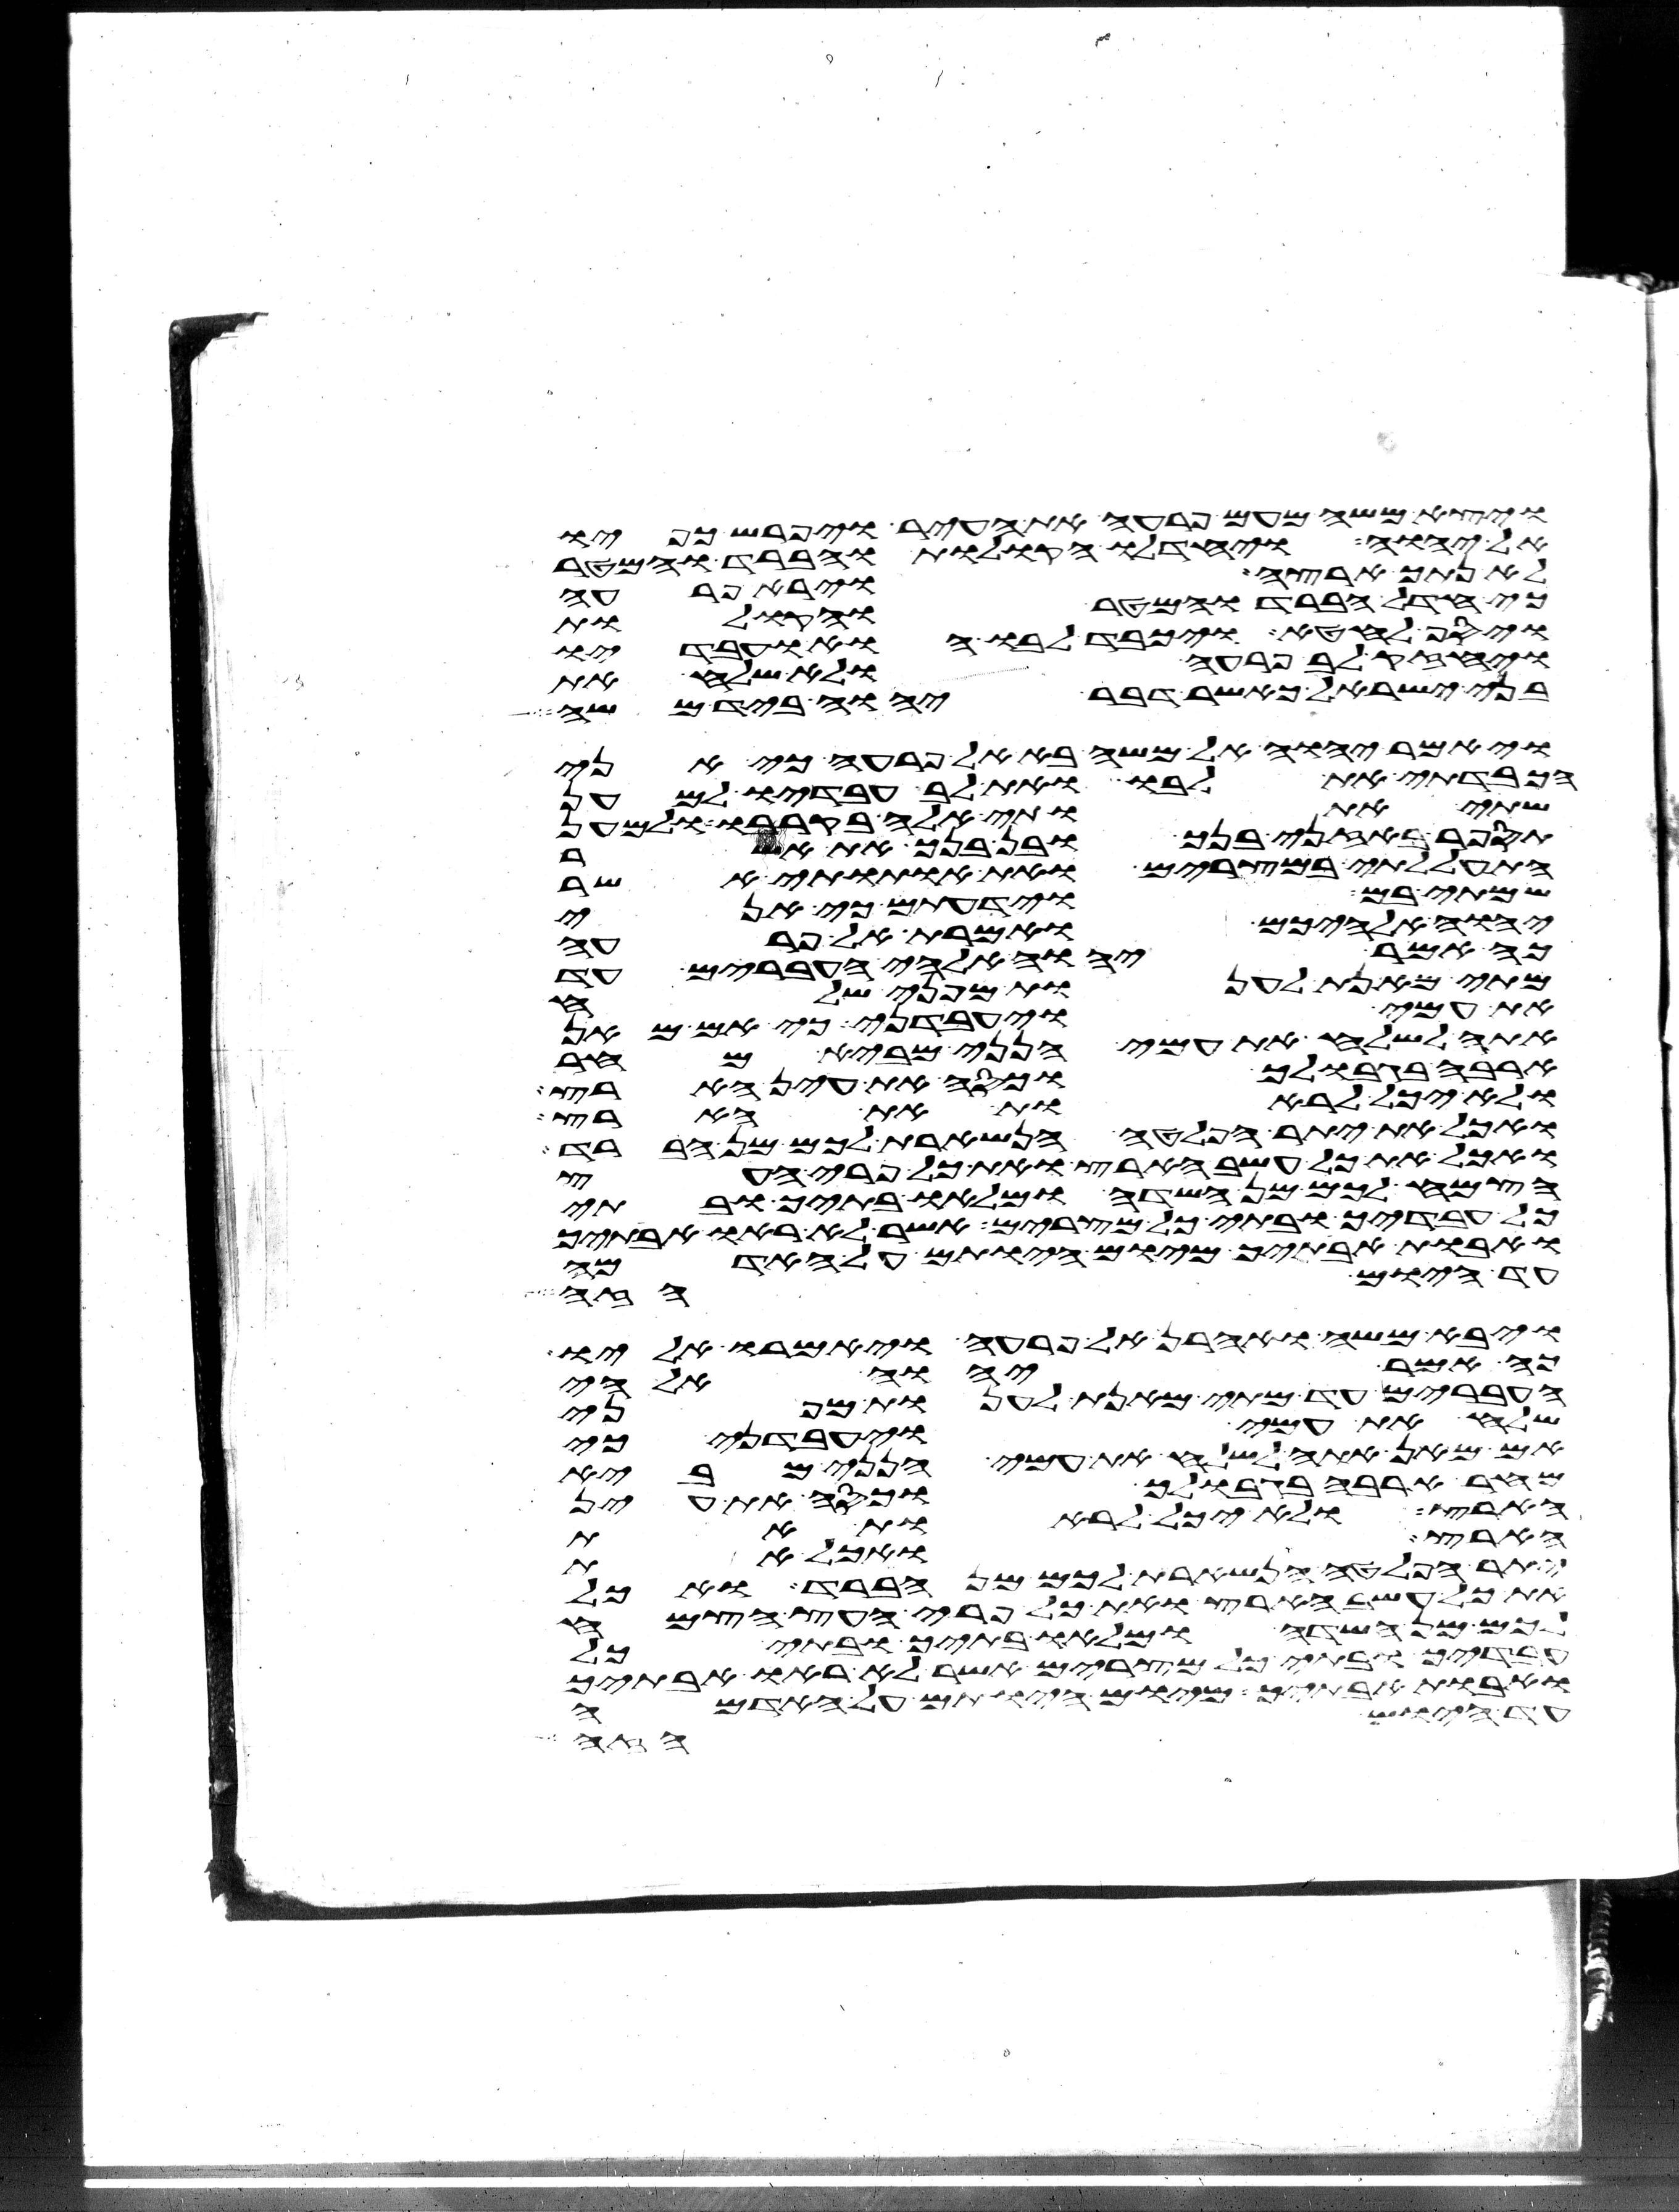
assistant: ויצא משה מעם פרעה את העיר ויפרש כפיו
אל יהוה ויחדלו הקולות והברד והמטר
לא נתך ארצה וירא פרעה
כי חדל הברד והמטר והקולות
ויסף לחטא ויכבד לבו הוא ועבדיו
ויחזק לב פרעה ולא שלח את
בני ישראל כאשר דבר יהוה ביד משה
ויאמר יהוה אל משה בא אל פרעה כי אני
הכבדתי את לבו ואת לב עבדיו למען
שתי אתותי אלה בקרבו ולמען
תספר באזני בנך ובן בנך את אשר
התעללתי במצרים ואת אתותי אשר
שמתי בם וידעתם כי אני
יהוה אלהיכם ואמרת אל פרעה
כה אמר יהוה אלהי העברים עד
מתי מאנת לענות מפני שלח
את עמי ויעבדני כי אם מאן
אתה לשלח את עמי הנני מביא מחר
ארבה בגבולך וכסה את עין הארץ
ולא יכל לראות את הארץ
ואכל את יתר הפלטה הנשארת לכם מן הברד
ואכל את כל עשב הארץ ואת כל פרי העץ
הצמח לכם מן השדה ומלאו בתיך ובתי
כל עבדיך ובתי כל מצרים אשר לא ראו אבתיך
ואבות אבתיך מיום היותם על האדמה
עד היום הזה
ויבא משה ואהרן אל פרעה ויאמרו אליו
כה אמר יהוה אלהי
העברים עד מתי מאנת לענות מפני
שלח את עמי ויעבדני כי
אם מאן אתה לשלח את עמי הנני מביא
מחר ארבה בגבולך וכסה את עין
הארץ ולא יכל לראות את
הארץ ואכל את
יתר הפלטה הנשארת לכם מן הברד ואכל
את כל עשב הארץ ואת כל פרי העץ הצמח
לכם מן השדה ומלאו בתיך ובתי כל
עבדיך ובתי כל מצרים אשר לא ראו אבתיך
ואבות אבתיך מיום היותם על האדמה
עד היום הזה